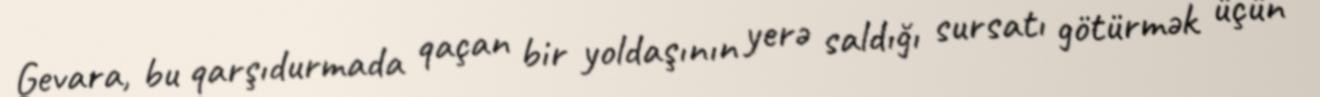
Gevara, bu qarşıdurmada qaçan bir yoldaşının yerə saldığı sursatı götürmək üçün